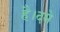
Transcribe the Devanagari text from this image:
है।दमे